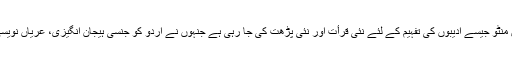
آج عصمت چغتائی اور سعادت حسن منٹو جیسے ادیبوں کی تفہیم کے لئے نئی قرأت اور نئی پڑھت کی جا رہی ہے جنہوں نے اردو کو جنسی ہیجان انگیزی، عریاں نویسی اور فحش نگاری سے بھر دیا ہے۔